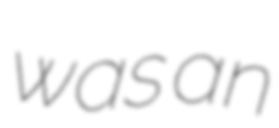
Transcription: was an